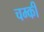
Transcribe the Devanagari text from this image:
चम्की